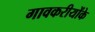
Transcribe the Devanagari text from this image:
गावकरीयोंके